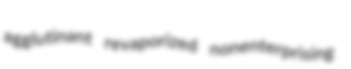
agglutinant revaporized nonenterprising